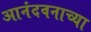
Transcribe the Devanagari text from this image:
आनंदवनाच्या